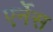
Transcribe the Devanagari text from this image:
एर्नेस